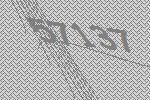
57137